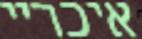
איכריי